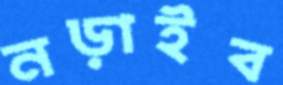
নড়াইব